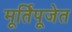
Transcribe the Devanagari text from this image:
मूर्तिपूजेत